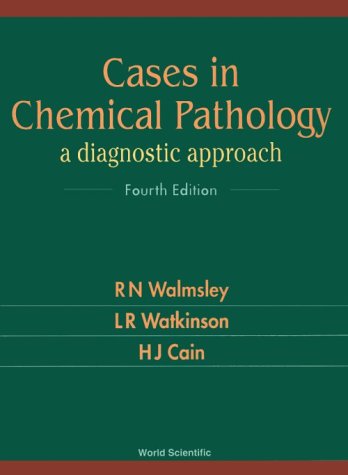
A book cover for Cases in Chemical Pathology: A Diagnostic Approach (Fourth Edition); R. N. Walmsley; Medical Books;